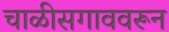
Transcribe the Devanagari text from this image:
चाळीसगाववरून